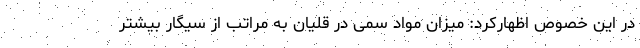
در این خصوص اظهارکرد: میزان مواد سمی در قلیان به مراتب از سیگار بیشتر